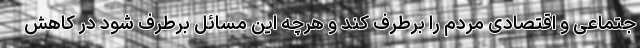
جتماعی و اقتصادی مردم را برطرف کند و هرچه این مسائل برطرف شود در کاهش